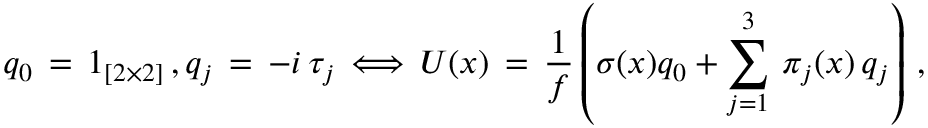
q _ { 0 } \, = \, 1 _ { [ 2 \times 2 ] } \, , q _ { j } \, = \, - i \, \tau _ { j } \, \Longleftrightarrow \, U ( x ) \, = \, { \frac { 1 } { f } } \left( \sigma ( x ) q _ { 0 } + \sum _ { j = 1 } ^ { 3 } \, \pi _ { j } ( x ) \, q _ { j } \right) \, ,